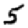
Digit: 5